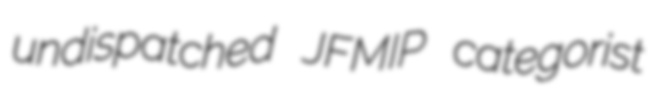
undispatched JFMIP categorist